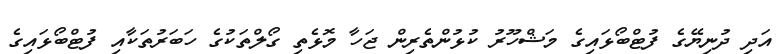
އަދި ދުނިޔޭގެ ފުޓްބޯޅައިގެ މަޝްހޫރު ކުޅުންތެރިން ޖަހާ މޮޅެތި ގޯލްތަކުގެ ހަބަރުތަކާއި ފުޓްބޯޅައިގެ